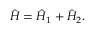
\begin{array} { r } { \hat { H } = \hat { H } _ { 1 } + \hat { H } _ { 2 } . } \end{array}